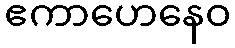
ဧကာဟေနေဝ